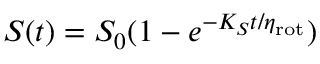
S ( t ) = S _ { 0 } ( 1 - e ^ { - K _ { S } t / \eta _ { \mathrm { r o t } } } )